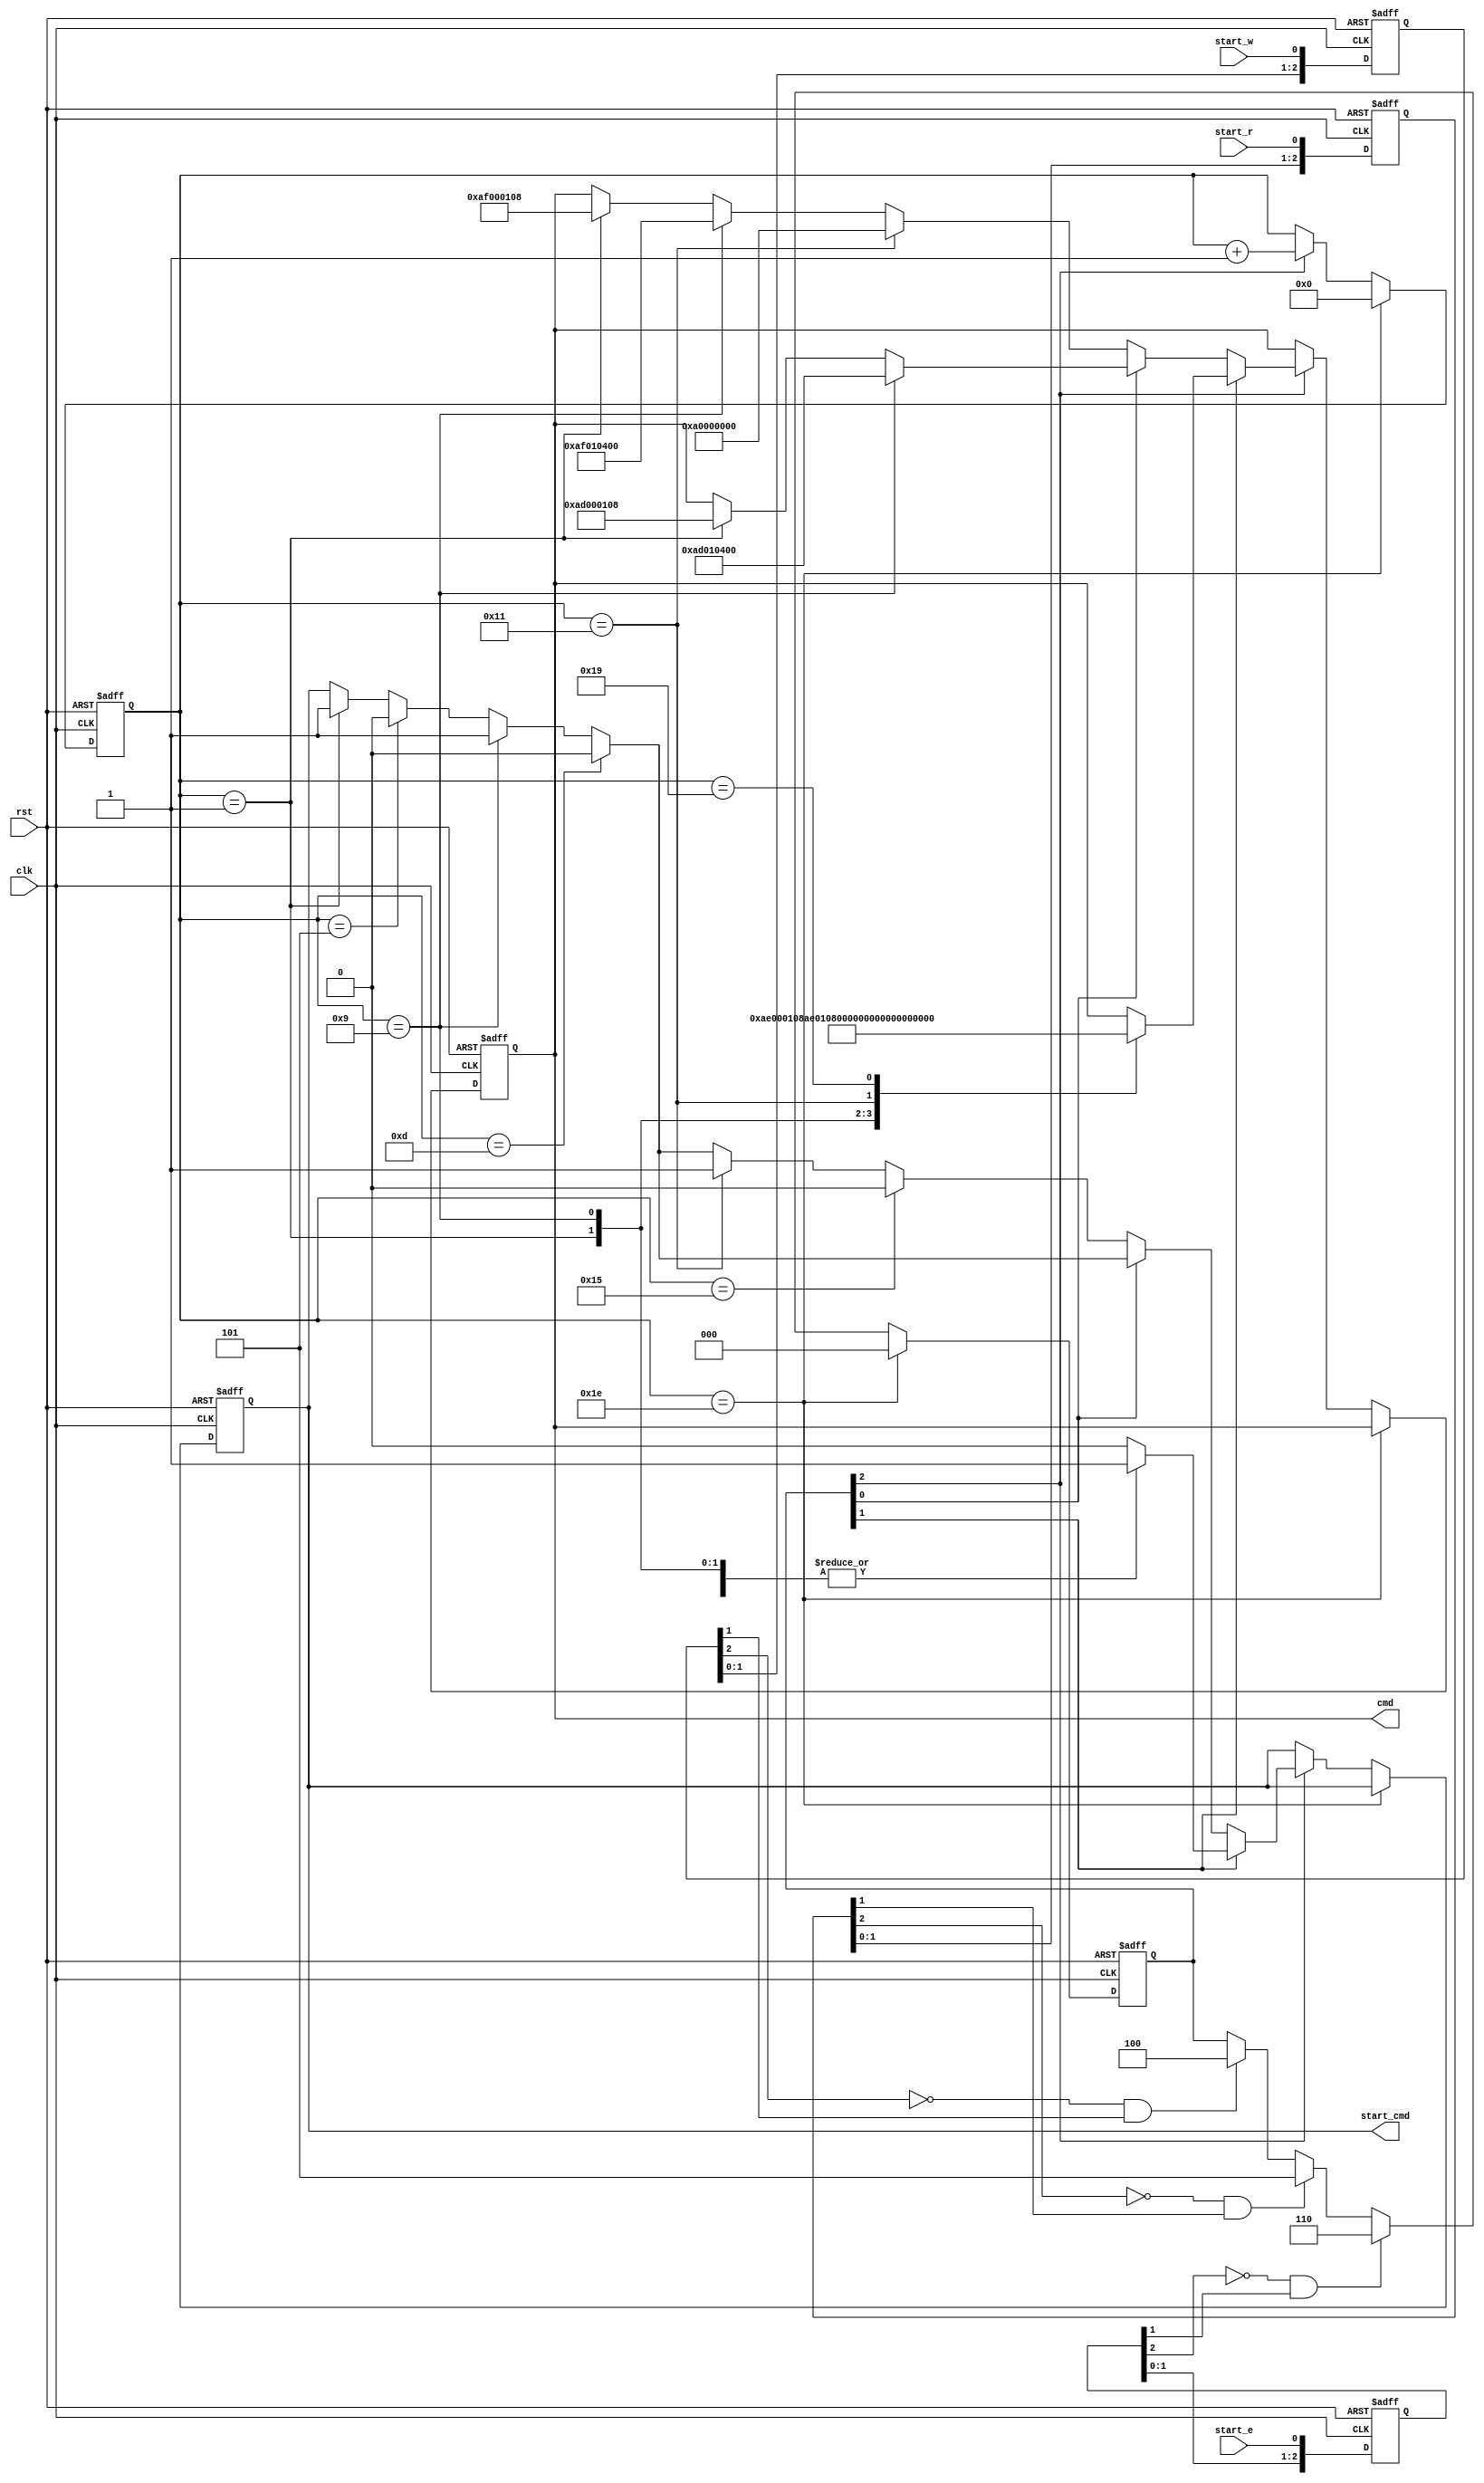
module Command_Receiver(
           input                clk    ,
           input                rst    ,
           input                start_w,    //test input write
           input                start_r,    //test input read
           input                start_e,    //test input erase
           output reg [31:0]    cmd    ,
           output reg           start_cmd   //cmd
       );


reg [2:0] start_r_p,start_w_p,start_e_p;
wire pos_start_r,pos_start_w,pos_start_e,pos_c_r;
reg [7:0] cnt_send_cmd;
reg [2:0]start_send_reg;

parameter read_add          = 24'h01_08_04;
parameter write_add         = 24'h01_08_04;
parameter erase_start_add   = 24'h01_08_04;
parameter erase_end_add     = 24'h01_08_04;


always@(posedge clk or posedge rst) //
    if(rst) begin
        start_r_p <= 0;
        start_w_p <= 0;
        start_e_p <= 0;
    end
    else begin
        start_r_p <= {start_r_p[1:0], start_r};
        start_w_p <= {start_w_p[1:0], start_w};
        start_e_p <= {start_e_p[1:0], start_e};
    end
assign pos_start_r = ~start_r_p[2] && start_r_p[1];
assign pos_start_w = ~start_w_p[2] && start_w_p[1];
assign pos_start_e = ~start_e_p[2] && start_e_p[1];
always@(posedge clk or posedge rst) begin
    if(rst) begin
        cmd <= 0;
        start_cmd <= 0;
        start_send_reg <= 0;
        cnt_send_cmd <= 0;
    end
    else begin
        
        if(pos_start_w) begin
            start_send_reg <= 3'b100;
        end
        if(pos_start_r) begin
            start_send_reg <= 3'b101;
        end
        if(pos_start_e) begin
            start_send_reg <= 3'b110;
        end
        if(cnt_send_cmd == 30) begin
            start_send_reg <= 0;
            cnt_send_cmd <= 0;
        end
        else begin
            if(start_send_reg[2]) begin
                cnt_send_cmd <= cnt_send_cmd + 1;
                if(start_send_reg[1]) begin  //flash
                    case (cnt_send_cmd)
                        7'b1: begin
                            start_cmd <= 7'd1;
                            cmd <= {16'hAE_00 , erase_start_add[23:8]};
                        end
                        7'd5: begin
                            start_cmd   <= 7'd0;
                        end
                        7'd9: begin
                            start_cmd <= 7'd1;
                            cmd <= {16'hAE_01,erase_start_add[7:0],8'h00};
                        end
                        7'd13: begin
                            start_cmd <= 7'd0;   
                        end
                        7'd17: begin
                            start_cmd <= 7'd1;
                            cmd <= {16'hAE_02,erase_end_add[23:8]};
                        end
                        7'd21: begin
                            start_cmd   <= 7'd0;
                        end
                        7'd25: begin
                           start_cmd    <= 7'd1;
                           cmd <= {16'hAE_03,erase_end_add[7:0],8'h00}; 
                        end
                        7'd29: begin
                            start_cmd   <= 7'd0;
                        end 
                        default: start_cmd  <= 7'd0;
                    endcase 
                end
                else if( start_send_reg[0]) begin   //flash
                    if(cnt_send_cmd == 1) begin
                        start_cmd <= 1;
                        cmd <= {16'hAD_00,read_add[23:8]};
                    end
                    if(cnt_send_cmd == 5) begin
                        start_cmd <= 0;
                    end
                    if(cnt_send_cmd == 9) begin
                        start_cmd <= 1;
                        cmd <= {16'hAD_01,read_add[7:0],8'h00};
                    end
                    if(cnt_send_cmd == 13) begin
                        start_cmd <= 0;
                    end
                end
                else begin               //flash
                    if(cnt_send_cmd == 1)//
                    begin
                        start_cmd <= 1;
                        cmd <= {16'hAF_00,write_add[23:8]};
                    end
                    if(cnt_send_cmd == 5) begin
                        start_cmd <= 0;
                    end
                    if(cnt_send_cmd == 9) begin
                        start_cmd <= 1;
                        cmd <= {16'hAF_01,write_add[7:0],8'h00};
                    end
                    if(cnt_send_cmd == 13) begin
                        start_cmd <= 0;
                    end
                    if(cnt_send_cmd == 17)//flash
                    begin
                        start_cmd <= 1;
                        cmd <= 32'hA0_00_0000;
                    end
                    if(cnt_send_cmd == 21) begin
                        start_cmd <= 0; 
                    end
                end
            end
        end
    end
end

endmodule